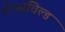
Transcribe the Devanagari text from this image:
रोथ्सचिल्ड